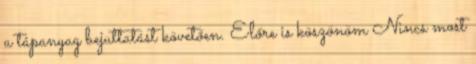
a tápanyag bejuttatást követően. Előre is köszönöm Nincs most